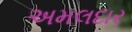
અમલદાર